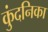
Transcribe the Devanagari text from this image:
कुंदनिका